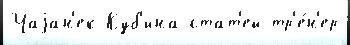
Чаjан'ек Куб'ина стат'ей тр'е́н'ер